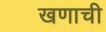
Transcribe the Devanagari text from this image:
खणाची